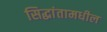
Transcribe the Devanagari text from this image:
सिद्धांतामधील